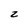
Character: z